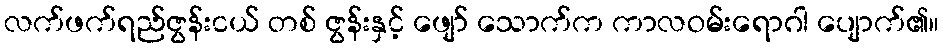
လက်ဖက်ရည်ဇွန်းငယ် တစ် ဇွန်းနှင့် ဖျော် သောက်က ကာလဝမ်းရောဂါ ပျောက်၏။